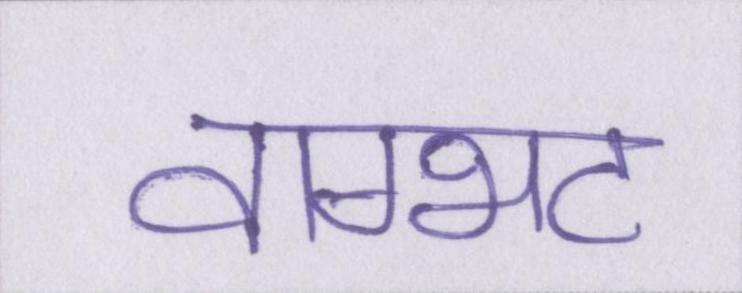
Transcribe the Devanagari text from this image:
वाग्भट